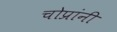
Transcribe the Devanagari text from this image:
चोप्रांनी